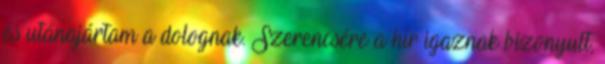
és utánajártam a dolognak. Szerencsére a hír igaznak bizonyult,